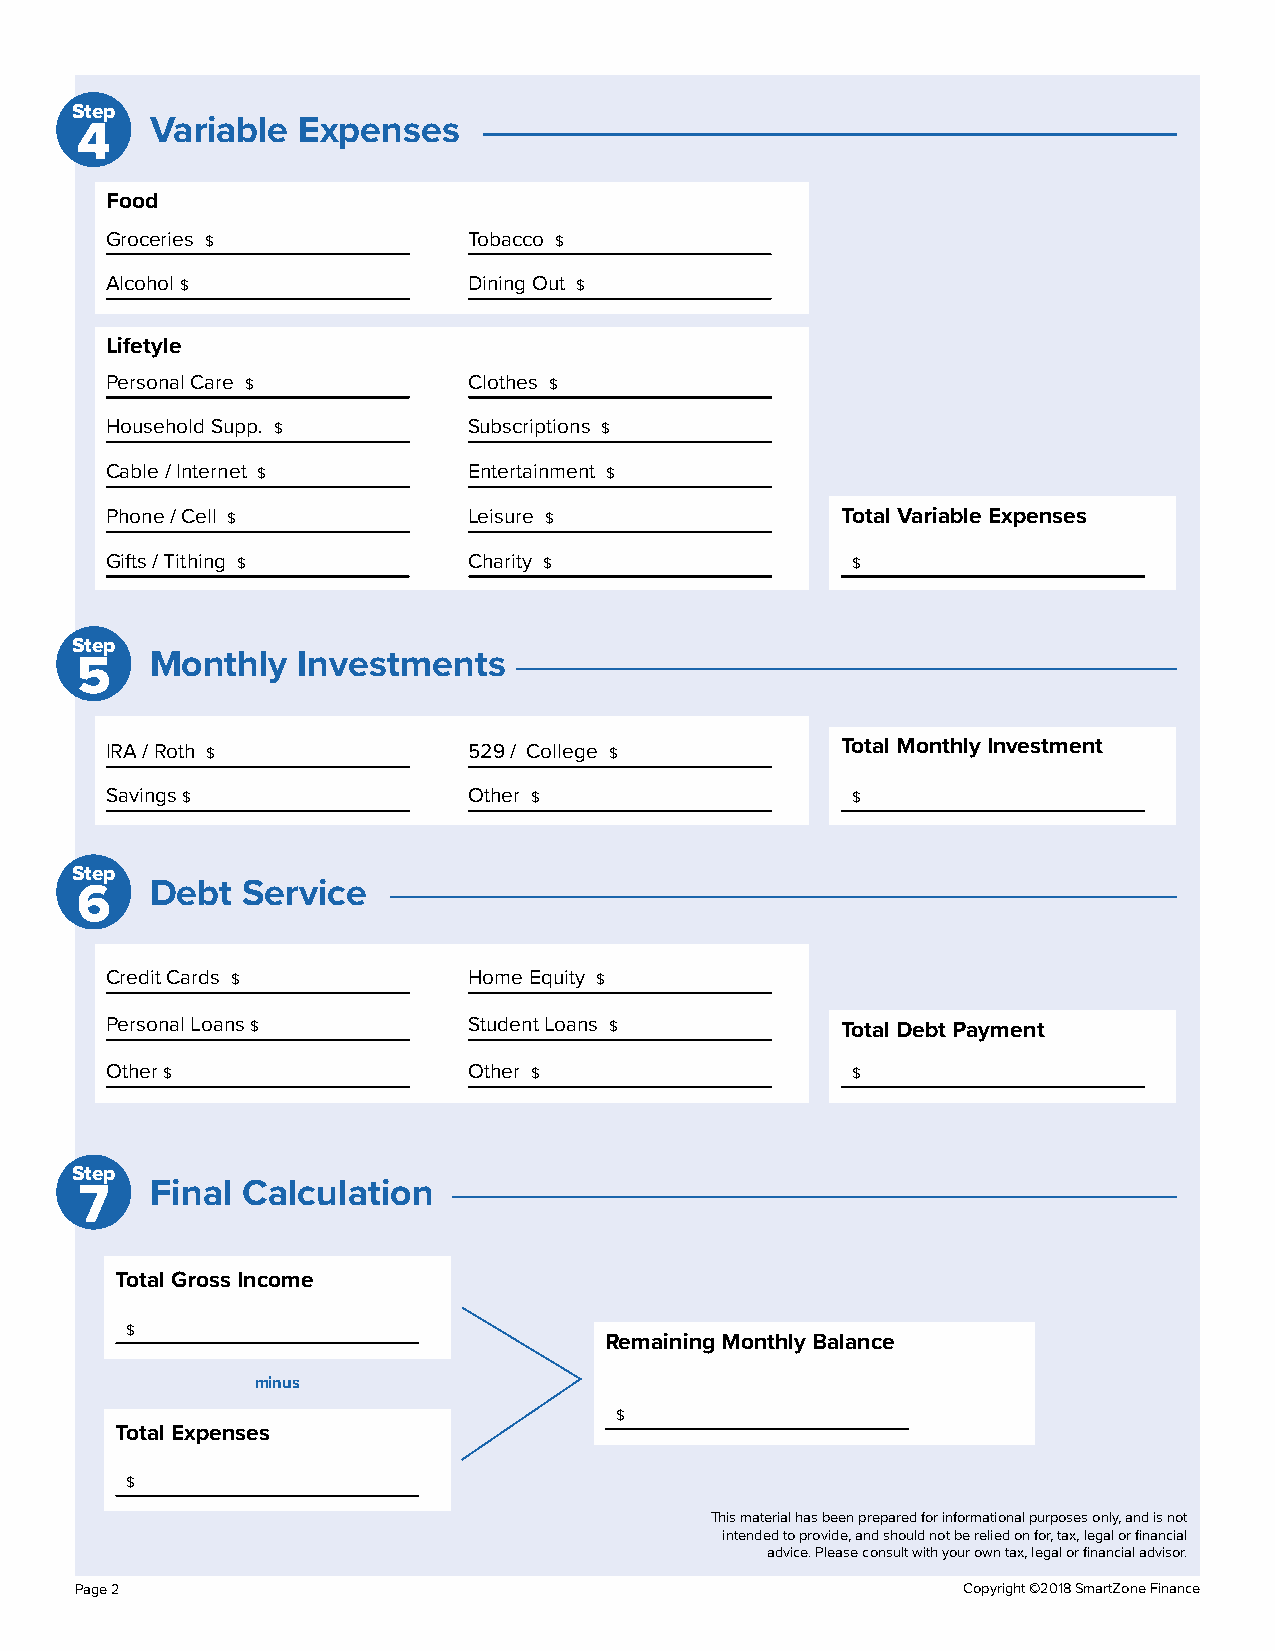
Step
 Variable  Expenses
 4
 Food
 Groceries $             Tobacco $
 Alcohol $               Dining Out $
 Lifetyle
 Personal Care $         Clothes $
 Household Supp. $       Subscriptions $
 Cable / Internet $      Entertainment $
 Phone / Cell $          Leisure $                Total Variable Expenses
 Gifts / Tithing $       Charity $                $
 Step
 Monthly   Investments
 5
 IRA / Roth $            529 / College $          Total Monthly Investment
 Savings $               Other $                  $
 Step
 Debt  Service
 6
 Credit Cards $          Home Equity $
 Personal Loans $        Student Loans $          Total Debt Payment
 Other $                 Other $                  $
 Step
 Final Calculation
 7
 Total Gross Income
 $
 Remaining Monthly Balance
 minus
 $
 Total Expenses
 $
 This material has been prepared for informational purposes only, and is not
 intended to provide, and should not be relied on for, tax, legal or financial
 advice. Please consult with your own tax, legal or financial advisor.
 Page 2                                                     Copyright ©2018 SmartZone Finance